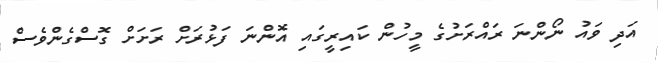
އަދި ވައު ނޯންނަ ރައްރަށުގެ މީހުން ކައިރީގައި އޮންނަ ފަޅުރަށް ރަށަށް ގޮސްގެންވެސް